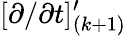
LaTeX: [\partial/\partial t]_{(k+1)}^{\prime}